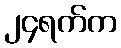
၂၄ရက်က